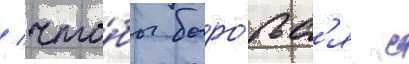
/ что́бы боро́тьс'я с